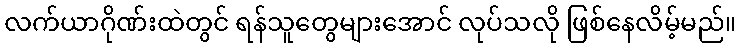
လက်ယာဂိုဏ်းထဲတွင် ရန်သူတွေများအောင် လုပ်သလို ဖြစ်နေလိမ့်မည်။